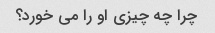
چرا چه چیزی او را می خورد؟